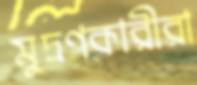
মুদ্রণকারীরা